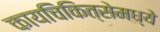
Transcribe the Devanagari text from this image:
कायचिकित्सेमध्ये